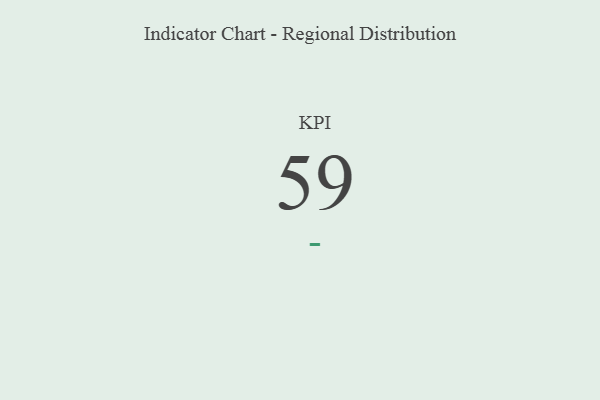
{"axis": {"x": "KPI", "y": "Value"}, "legend": [""], "data": [{"x": "KPI", "y": 59, "type": ""}]}